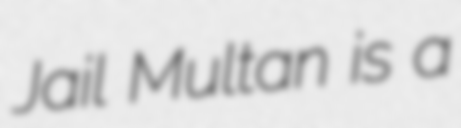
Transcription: Jail Multan is a